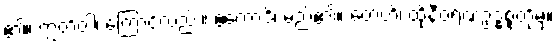
၏။ ဣတိဝါ၊ ကြောင့်လည်း။ ဧကောဒိ၊ မည်၏။ တေဟိ၊ ထိုနီဝရဏဥဒ္ဓစ္စတို့မှ။